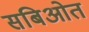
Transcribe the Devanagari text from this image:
सबिओत